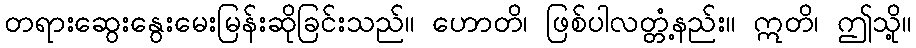
တရားဆွေးနွေးမေးမြန်းဆိုခြင်းသည်။ ဟောတိ၊ ဖြစ်ပါလတ္တံ့နည်း။ ဣတိ၊ ဤသို့။